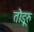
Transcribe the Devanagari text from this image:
तॊंडूरु